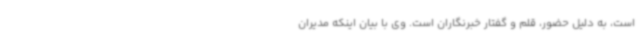
است، به دلیل حضور، قلم و گفتار خبرنگاران است. وی با بیان اینکه مدیران